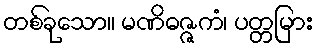
တစ်ခုသော။ မဏိဓဇ္ဇကံ၊ ပတ္တမြား